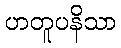
ဟတူပနိသာ